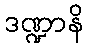
ဒဏ္ဍာနိ